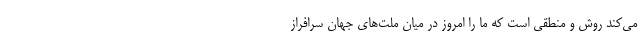
می‌کند روش و منطقی است که ما را امروز در میان ملت‌های جهان سرافراز